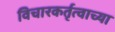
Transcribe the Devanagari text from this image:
विचारकर्तृत्वाच्या